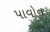
પાવોન